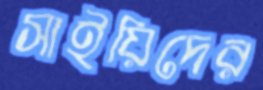
সাইয়িদের